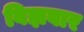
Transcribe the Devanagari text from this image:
बिझवार